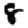
Digit: 8